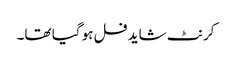
کرنٹ شاید فل ہو گیا تھا۔